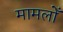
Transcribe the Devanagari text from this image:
मामलोँ